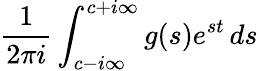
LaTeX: {\frac{1}{2\pi i}}\int_{c-i\infty}^{c+i\infty}g(s)e^{st}\, ds